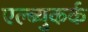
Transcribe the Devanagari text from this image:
एल्ब्युकर्क